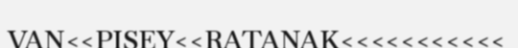
VAN<<PISEY<<RATANAK<<<<<<<<<<<